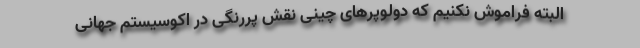
البته فراموش نکنیم که دولوپرهای چینی نقش پررنگی در اکوسیستم جهانی